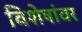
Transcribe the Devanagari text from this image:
विशेषांवर